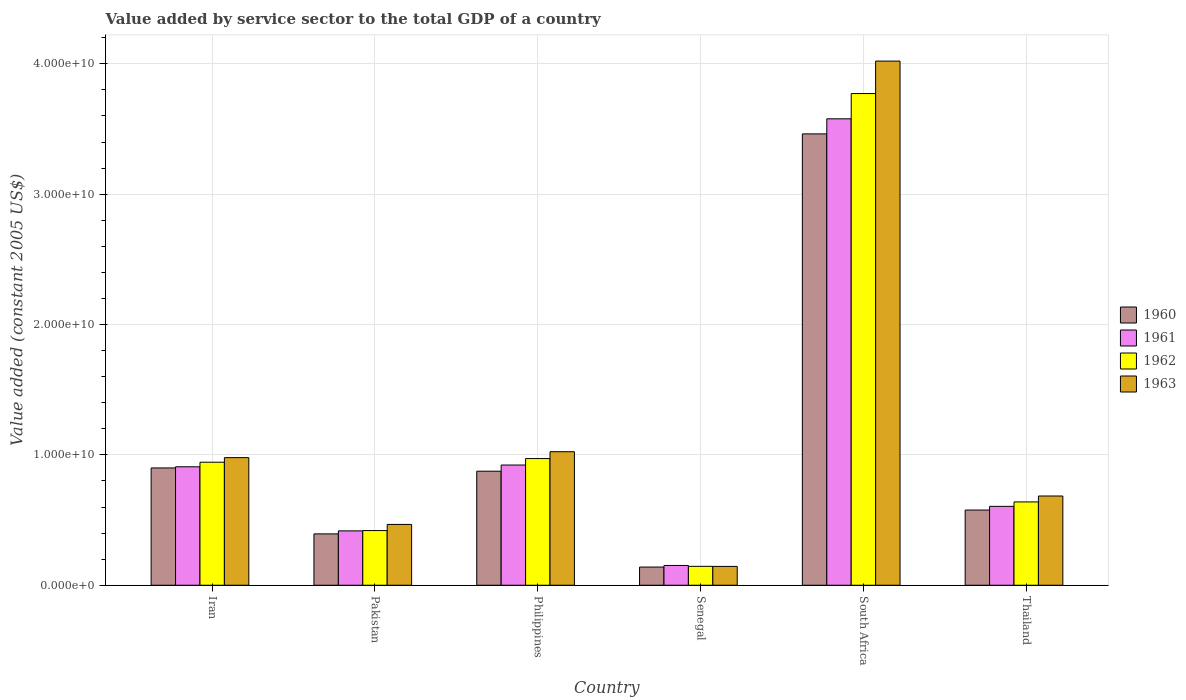
| Country | 1960 | 1961 | 1962 | 1963 |
 | --- | --- | --- | --- | --- |
 | Iran | 9e+09 | 9.09e+09 | 9.44e+09 | 9.79e+09 |
 | Pakistan | 3.94e+09 | 4.17e+09 | 4.19e+09 | 4.66e+09 |
 | Philippines | 8.75e+09 | 9.22e+09 | 9.72e+09 | 1.02e+10 |
 | Senegal | 1.39e+09 | 1.52e+09 | 1.45e+09 | 1.44e+09 |
 | South Africa | 3.46e+10 | 3.58e+10 | 3.77e+10 | 4.02e+10 |
 | Thailand | 5.77e+09 | 6.05e+09 | 6.39e+09 | 6.84e+09 |